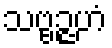
သဗ္ဗဉ္ဇဟံ